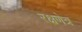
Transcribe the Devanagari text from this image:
रक्षणेत्र